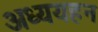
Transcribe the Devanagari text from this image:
अध्ययहन